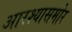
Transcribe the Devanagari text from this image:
आरश्यासमोर